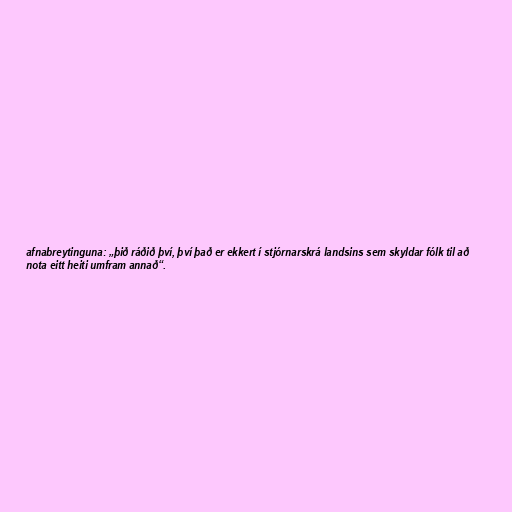
afnabreytinguna: „þið ráðið því, því það er ekkert í stjórnarskrá landsins sem skyldar fólk til að
nota eitt heiti umfram annað“.